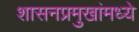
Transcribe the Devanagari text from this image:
शासनप्रमुखांमध्ये